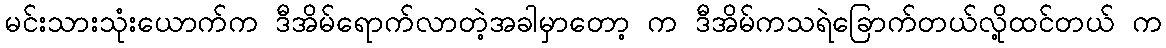
မင်းသားသုံးယောက်က ဒီအိမ်ရောက်လာတဲ့အခါမှာတော့ က ဒီအိမ်ကသရဲခြောက်တယ်လို့ထင်တယ် က